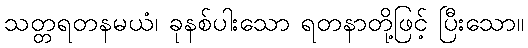
သတ္တရတနမယံ၊ ခုနစ်ပါးသော ရတနာတို့ဖြင့် ပြီးသော။